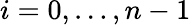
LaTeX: i=0,\ldots,n-1